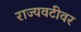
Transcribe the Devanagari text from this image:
राज्यवटीवर